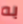
به